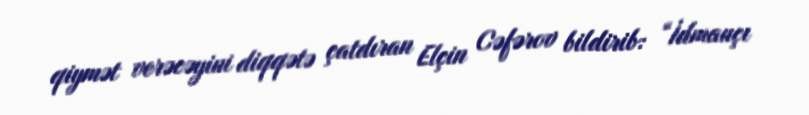
qiymət verəcəyini diqqətə çatdıran Elçin Cəfərov bildirib: “İdmançı